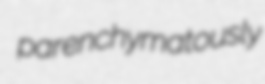
parenchymatously